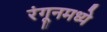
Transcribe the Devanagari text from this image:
रंगूनमध्ये